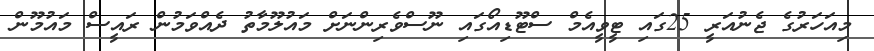
މިއަހަރުގެ ޖެނުއަރީ 25ގައި ޓީވީއެމް ސްޓޫޑިއޯގައި ނޫސްވެރިންނަށް މައުލޫމާތު ދެއްވަމުން ރައީސް މައުމޫން